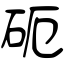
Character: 砈